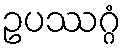
ဥပဿဂ္ဂံ